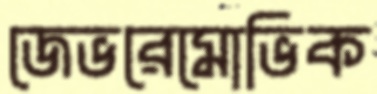
জেভরেমোভিক